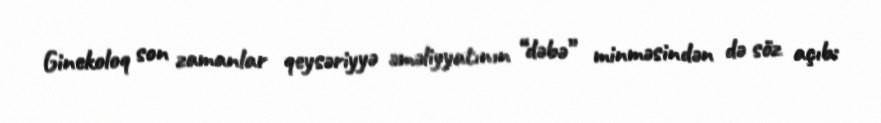
Ginekoloq son zamanlar qeysəriyyə əməliyyatının “dəbə” minməsindən də söz açıb: